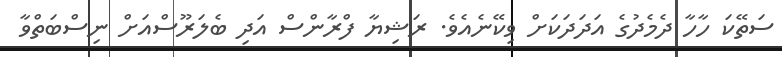
ސަތޭކަ ހާހާ ދެމެދުގެ އަދަދަކަށް ވިކޭނެއެވެ. ރަޝިޔާ ފްރާންސް އަދި ބެލަރޫސްއަށް ނިސްބަތްވާ